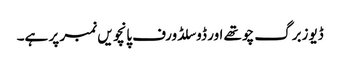
ڈیوزبرگ چوتھے اور ڈوسلڈورف پانچویں نمبر پر ہے۔